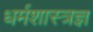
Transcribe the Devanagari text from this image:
धर्मशास्त्रज्ञ